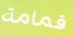
قمامة